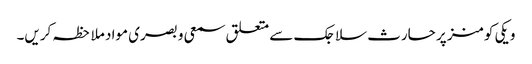
ویکی کومنز پر حارث سلاجک سے متعلق سمعی و بصری مواد ملاحظہ کریں۔